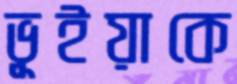
ভূইয়াকে